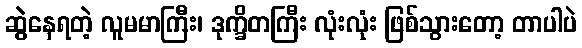
ဆွဲနေရတဲ့ လူမမာကြီး၊ ဒုက္ခိတကြီး လုံးလုံး ဖြစ်သွားတော့ တာပါပဲ